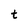
Character: t